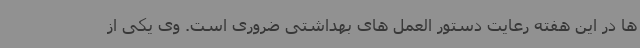
ها در این هفته رعایت دستور العمل های بهداشتی ضروری است. وی یکی از